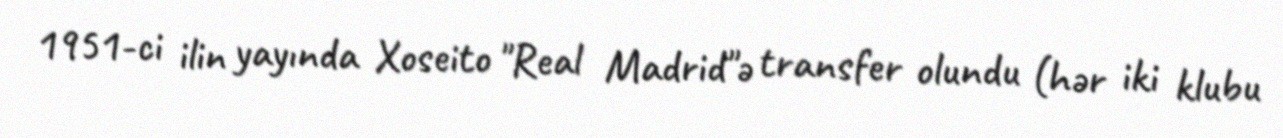
1951-ci ilin yayında Xoseito "Real Madrid"ə transfer olundu (hər iki klubu